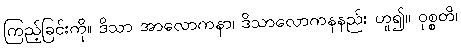
ကြည့်ခြင်းကို။ ဒိသာ အာလောကနာ၊ ဒိသာလောကနနည်း ဟူ၍။ ဝုစ္စတိ၊